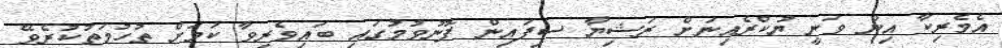
އެމެރިކާ އިން ވަނީ ޔުކްރެއިނަށް ރަޝިޔާ ސިފައިން ފޮނުވުމުގައި ބައިވެރިވާ ކަމަށް ތުހުމަތުކުރެވޭ